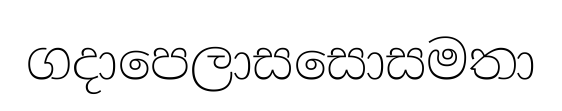
ගදාපෙලාසසොසමතා